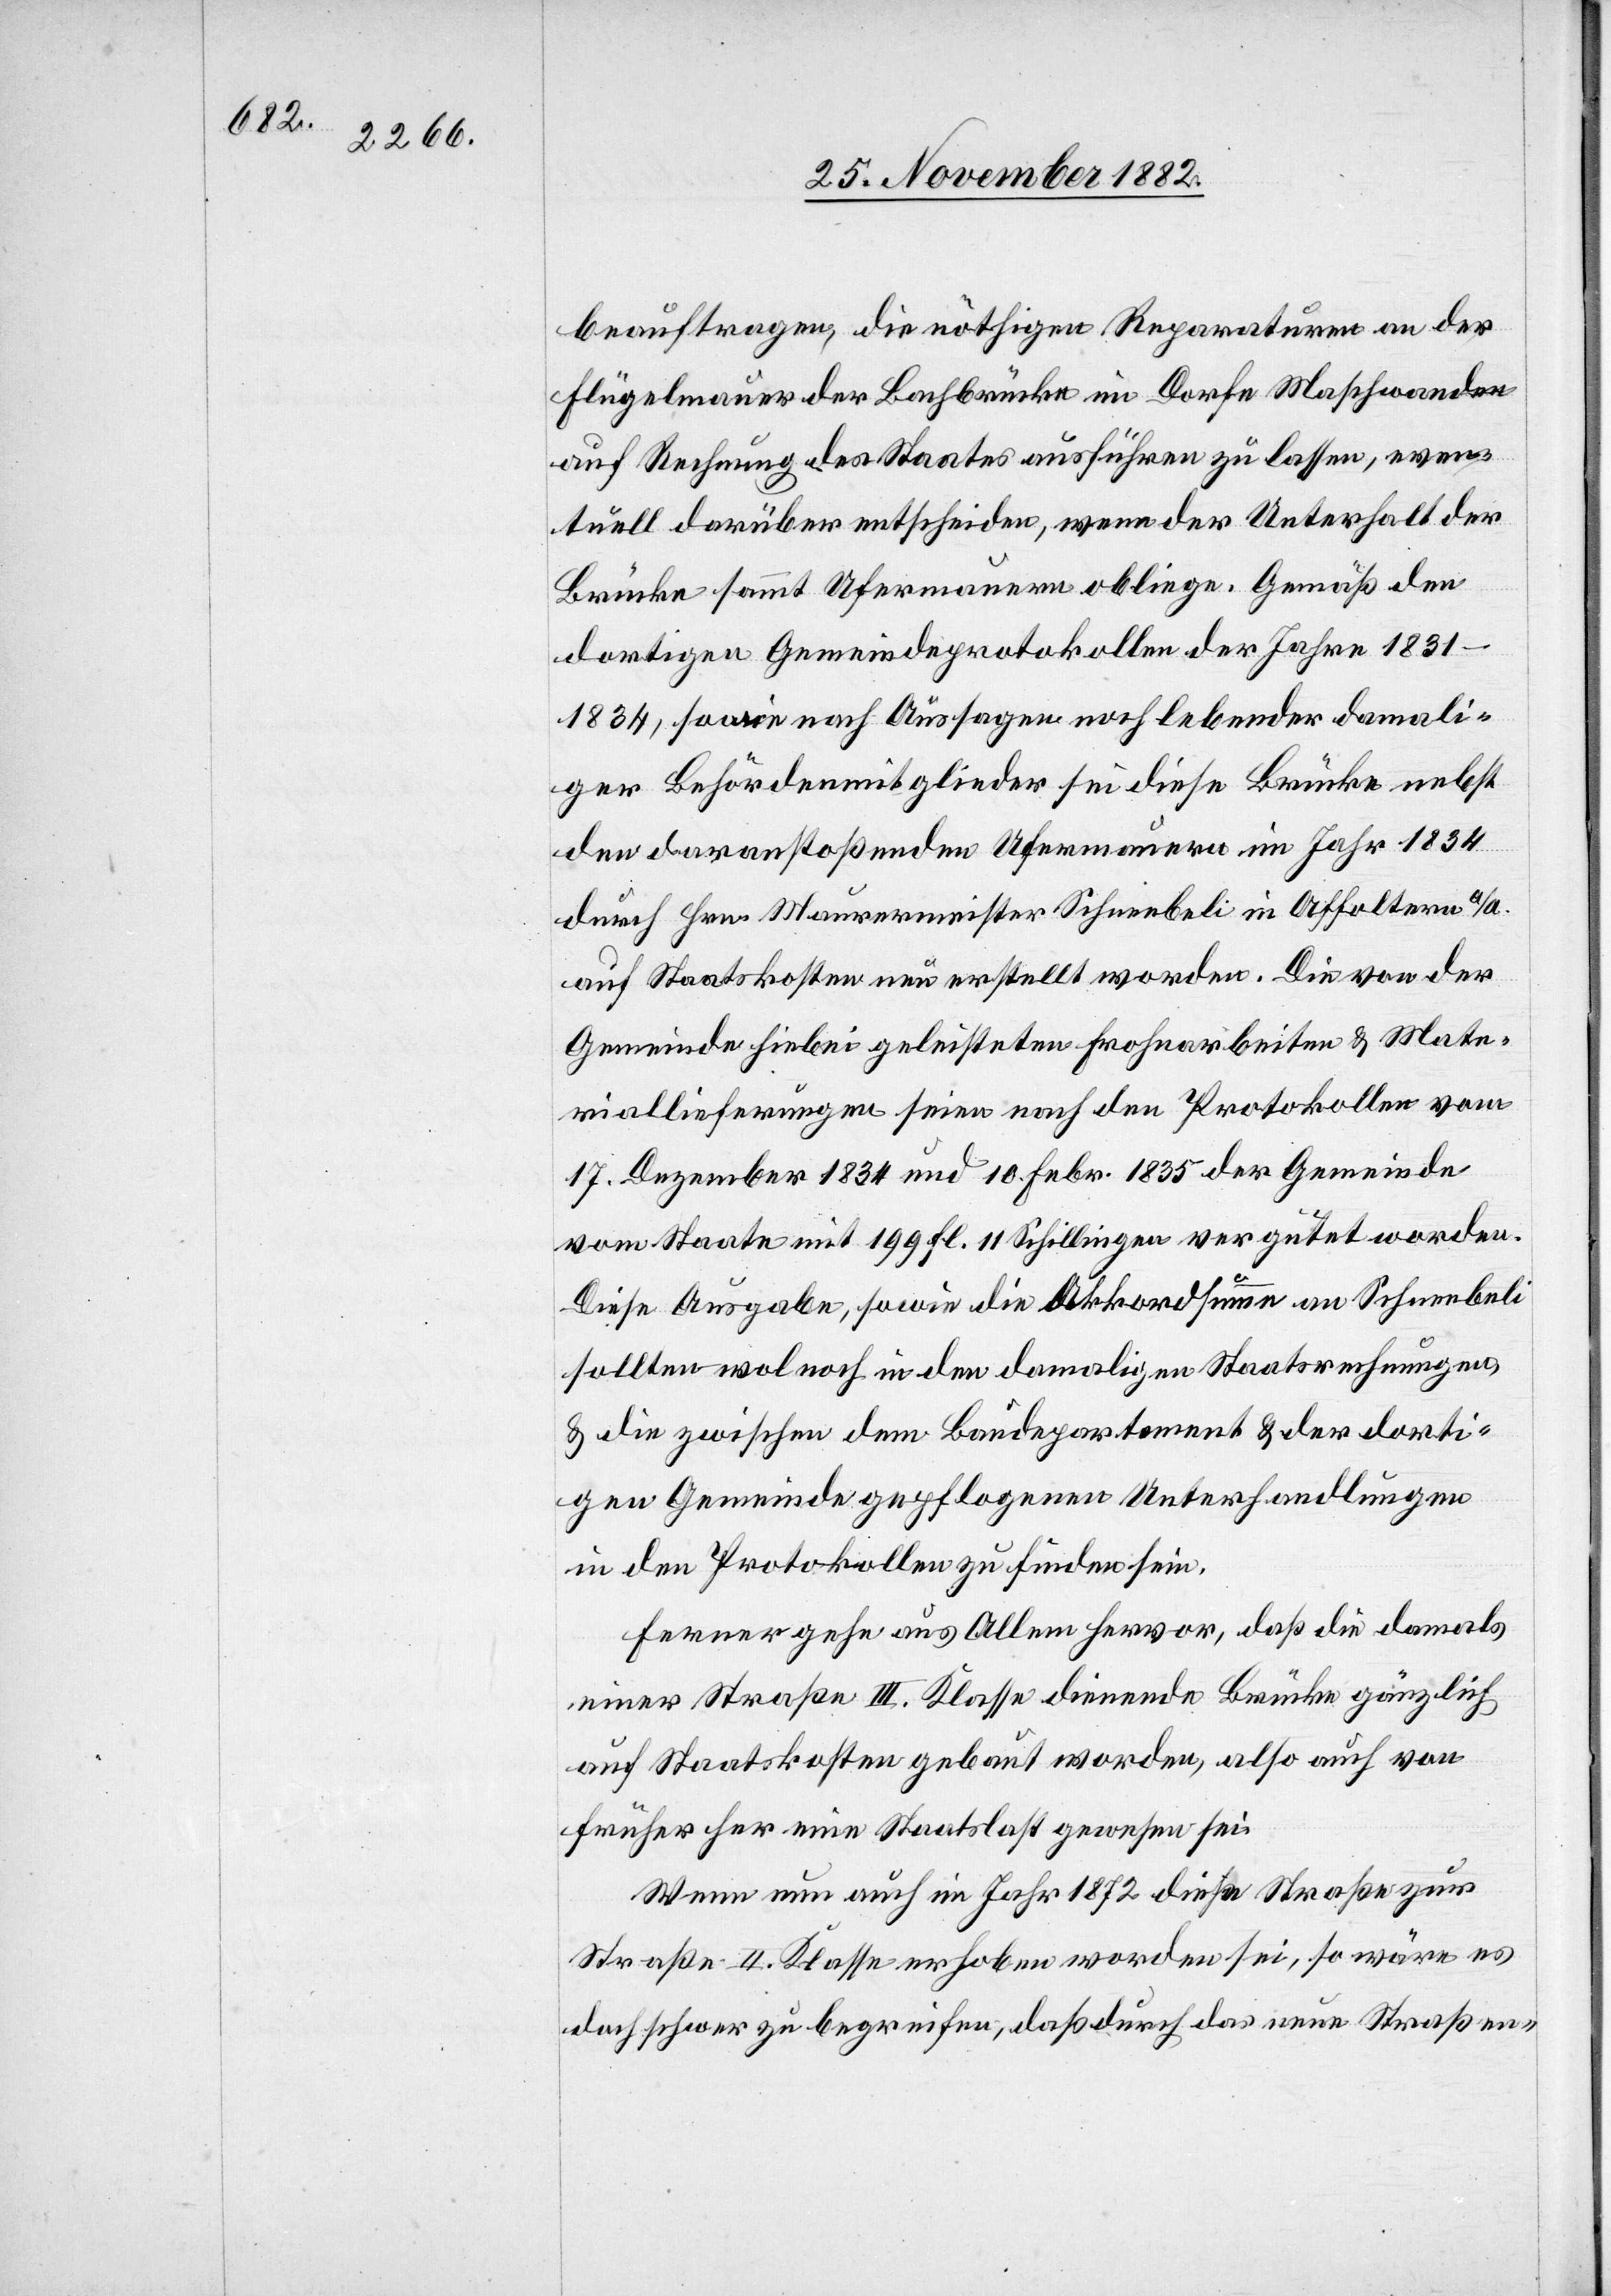
damal¬

beauftragen die nöthigen Reparaturen an der
Flügelmauer der Bachbrücke im Dorfe Maschwanden
auf Rechnung des Staates ausführen zu lassen, even¬
tuell darüber entscheiden, wenn [recte: wem] der Unterhalt der
Brücke sammt Ufermauern obliege. Gemäß den
dortigen Gemeindeprotokollen der Jahre 1831–1834,
iger Behördemitglieder sei diese Brücke nebst
den daranstoßenden Ufermauern im Jahr 1834
durch Hrn. Maurermeister Schneebeli in Affoltern a/A.
auf Staatskosten neu erstellt worden. Die von der
Gemeinde hiebei geleisteten Frohnarbeiten & Mate¬
riallieferungen seien nach den Protokollen vom
17. Dezember 1834 und 10. Febr. 1835 der Gemeinde
vom Staate mit 199 Fl. 11 Schillingen vergütet worden.
Diese Ausgabe, sowie die Akkordsumme an Schneebeli
sollten wol noch in den damaligen Staatsrechnungen,
& die zwischen dem Baudepartement & der dorti¬
gen Gemeinde gepflogenen Unterhandlungen
in den Protokollen zu finden sein.
Ferner gehe aus Allem hervor, daß die damals
einer Straße III. Klasse dienende Brücke gänzlich
auf Staatskosten gebaut worden, also auch von
früher her eine Staatslast gewesen sei.
Wenn nun auch im Jahr 1872 diese Straße zur
Straße II. Klasse erhoben worden sei, so wäre es
doch schwer zu begreifen, daß durch das neue Straßen-